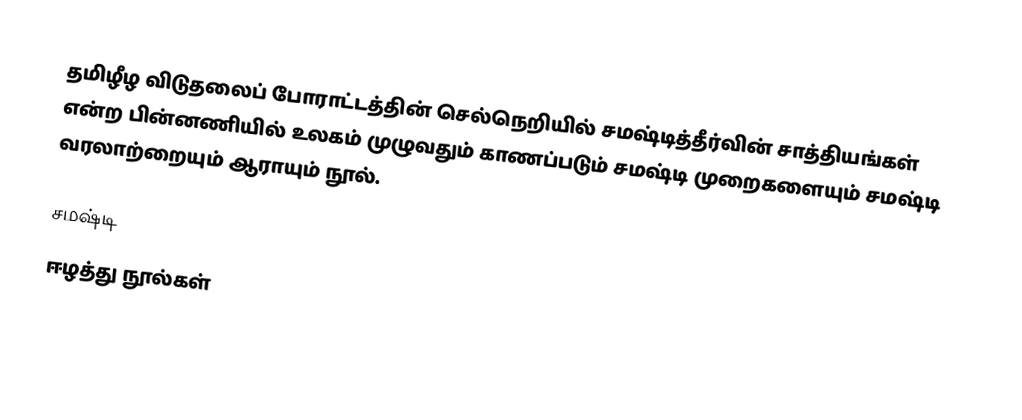
தமிழீழ விடுதலைப் போராட்டத்தின் செல்நெறியில் சமஷ்டித்தீர்வின் சாத்தியங்கள் என்ற பின்னணியில் உலகம் முழுவதும் காணப்படும் சமஷ்டி முறைகளையும் சமஷ்டி வரலாற்றையும் ஆராயும் நூல்.

 சமஷ்டி
ஈழத்து நூல்கள்